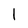
Character: 1